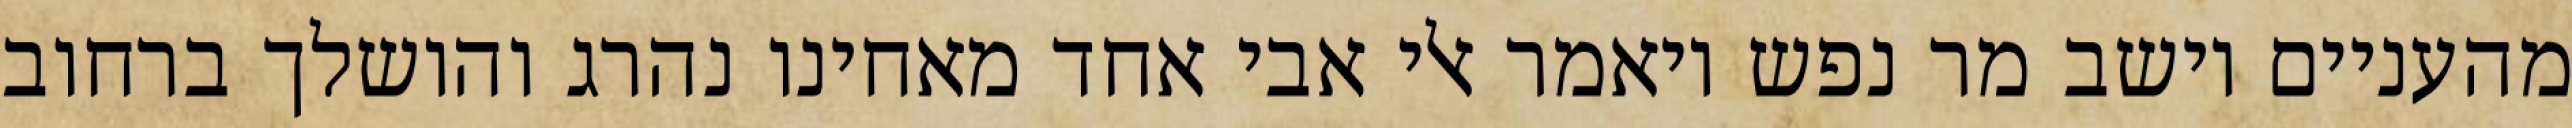
מהעניים וישב מר נפש ויאמר אלי אבי אחד מאחינו נהרג והושלך ברחוב